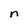
Character: n